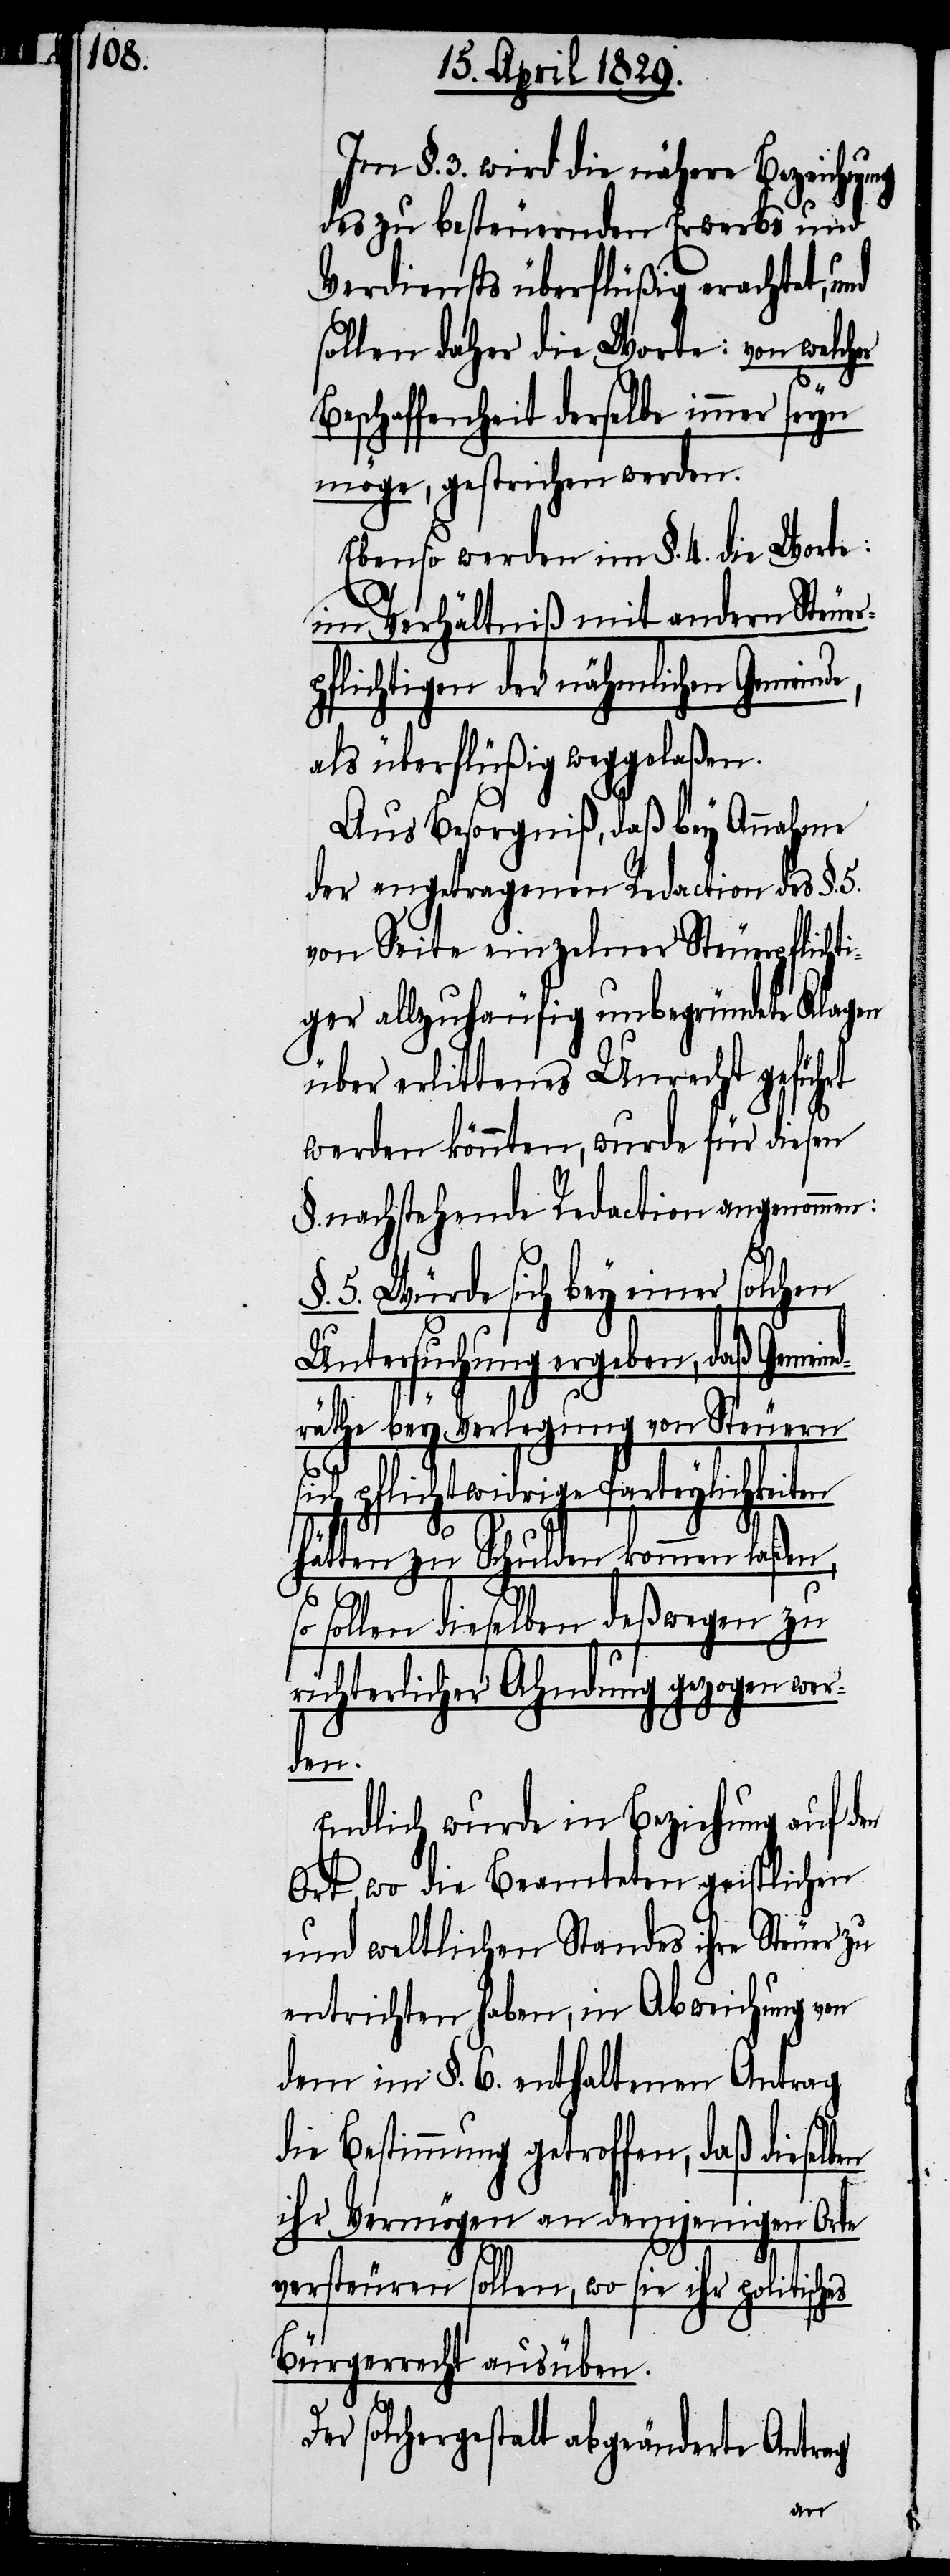
Im §. 3. wird die nähere Bezeichnung
des zu besteuernden Erwerbs und
Verdiensts überflüßig erachtet, und
sollen daher die Worte: von welcher
Beschaffenheit derselbe immer seyn
möge, gestrichen werden.
Ebenso werden im §. 4. die Worte:
im Verhältniß mit andern Steuer¬
pflichtigen der nähmlichen Gemeinde,
als überflüßig weggelaßen.
Aus Besorgniß, daß bey Annahme
der angetragenen Redaction des §. 5.
von Seite einzelner Steuerpflicht¬
igen allzuhäufig unbegründete Klagen
über erlittenes Unrecht geführt
werden könnten, wurde für diesen
§. nachstehende Redaction angenommen:
5. Würde sich bey einer solchen
Untersuchung ergeben, daß Gemein¬
d¬
rähte bey Verlegung von Steuern
sich pflichtwidrige Parteylichkeiten
hätten zu Schulden kommen laßen,
sollen dieselben deßwegen zu
richterlicher Ahndung gezogen wer¬
den.
Endlich wurde in Beziehung auf den
Ort, wo die Beamteten geistlichen
und weltlichen Standes ihre Steuer zu
entrichten haben, in Abweichung von
dem im §. 6. enthaltenen Antrag
die Bestimmung getroffen, daß dieselben
ihr Vermögen an demjenigen Orte
versteuren sollen, wo sie ihr politisches
Bürgerrecht ausüben.
Der solchergestalt abgeänderte Antrag